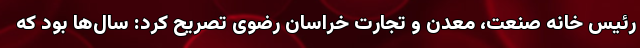
رئیس خانه صنعت، معدن و تجارت خراسان رضوی تصریح کرد: سال‌ها بود که